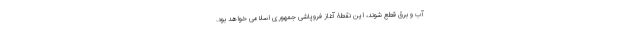
آب و برق قطع شوند، این نقطۀ آغاز فروپاشی جمهوری اسلامی خواهد بود.